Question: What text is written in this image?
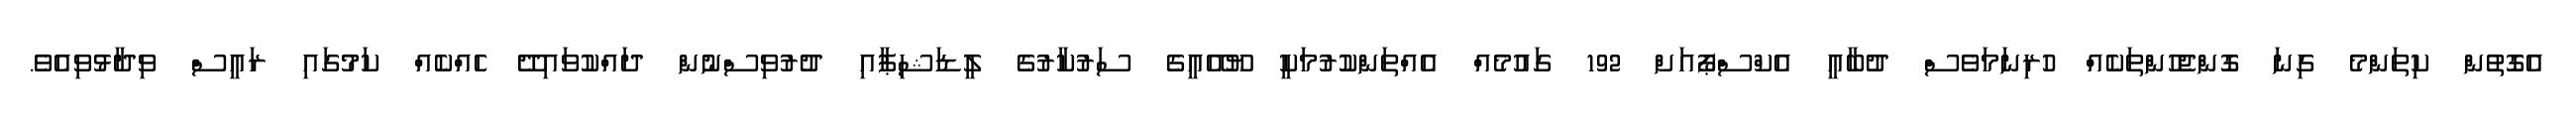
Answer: އެގޮތުން ކިތަންމެ ގިނަ ގޮންޖެހުންތަކެއް ހުރިނަމަވެސް ދުބާއީ އެކްސްޕޯއަށް 192 ގައުމެއް އެއްތަންކުރުމަކީ ޔޫއޭއީގެ ސަރުކާރުގެ ލީޑަޝިޕާއި ދުރުވިސްނުން ދައްކުވައިދޭ ހެއްކެއް ކަމުގައި ރައީސް ވިދާޅުވިއެވެ.